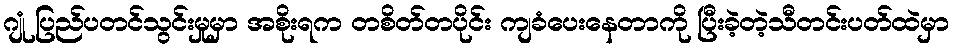
ဂျုံ ပြည်ပတင်သွင်းမှုမှာ အစိုးရက တစိတ်တပိုင်း ကျခံပေးနေတာကို ပြီးခဲ့တဲ့သီတင်းပတ်ထဲမှာ